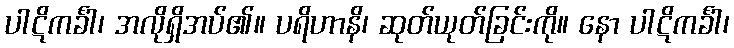
ပါဋိကင်္ခါ၊ အလိုရှိအပ်၏။ ပရိဟာနိ၊ ဆုတ်ယုတ်ခြင်းကို။ နော ပါဋိကင်္ခါ၊